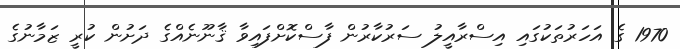
1970 ގެ އަހަރުތަކުގައި އިސްރާއީލު ސަރުކާރުން ފާސްކޮށްފައިވާ ޤާނޫނެއްގެ ދަށުން ކުރީ ޒަމާނުގެ